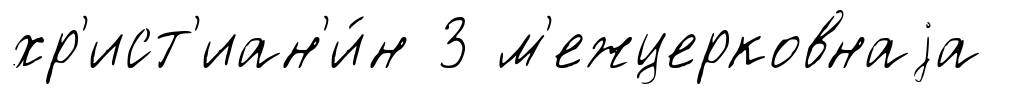
хр'ист'иан'и́н 3 м'ежцерковнаjа